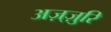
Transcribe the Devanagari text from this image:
अज़्ज़ुरि